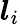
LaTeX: \boldsymbol{l}_{i}